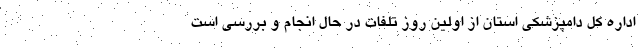
اداره کل دامپزشکی استان از اولین روز تلفات در حال انجام و بررسی است